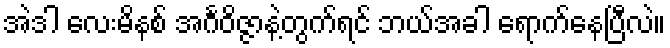
အဲဒါ လေးမိနစ် အင်္ဂဝိဇ္ဇာနဲ့တွက်ရင် ဘယ်အခါ ရောက်နေပြီလဲ။